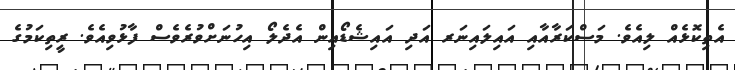
އެތިކޮޅެއް ލިއެވެ. މަސްކަރާއާއި އައިލައިނަރ އަދި އައިޝެޑޯއިން އެދެލޯ އިހުނަށްވުރެވެސް ފާޅުވިއެވެ. ރީތިކަމުގެ